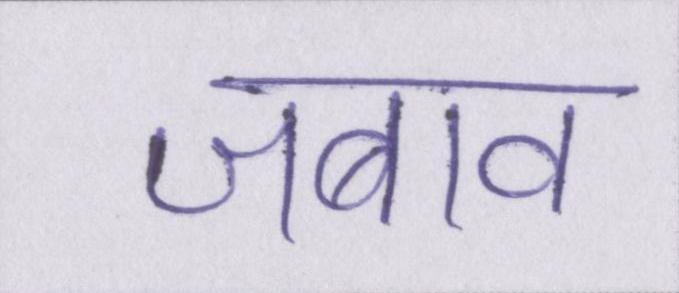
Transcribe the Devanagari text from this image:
जबाव